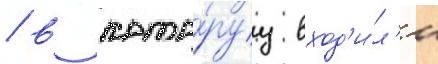
/ в кото́руу вход'и́л'и